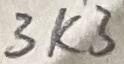
Text: 3K3